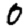
Digit: 0